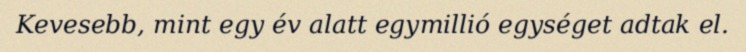
Kevesebb, mint egy év alatt egymillió egységet adtak el.